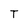
Character: T